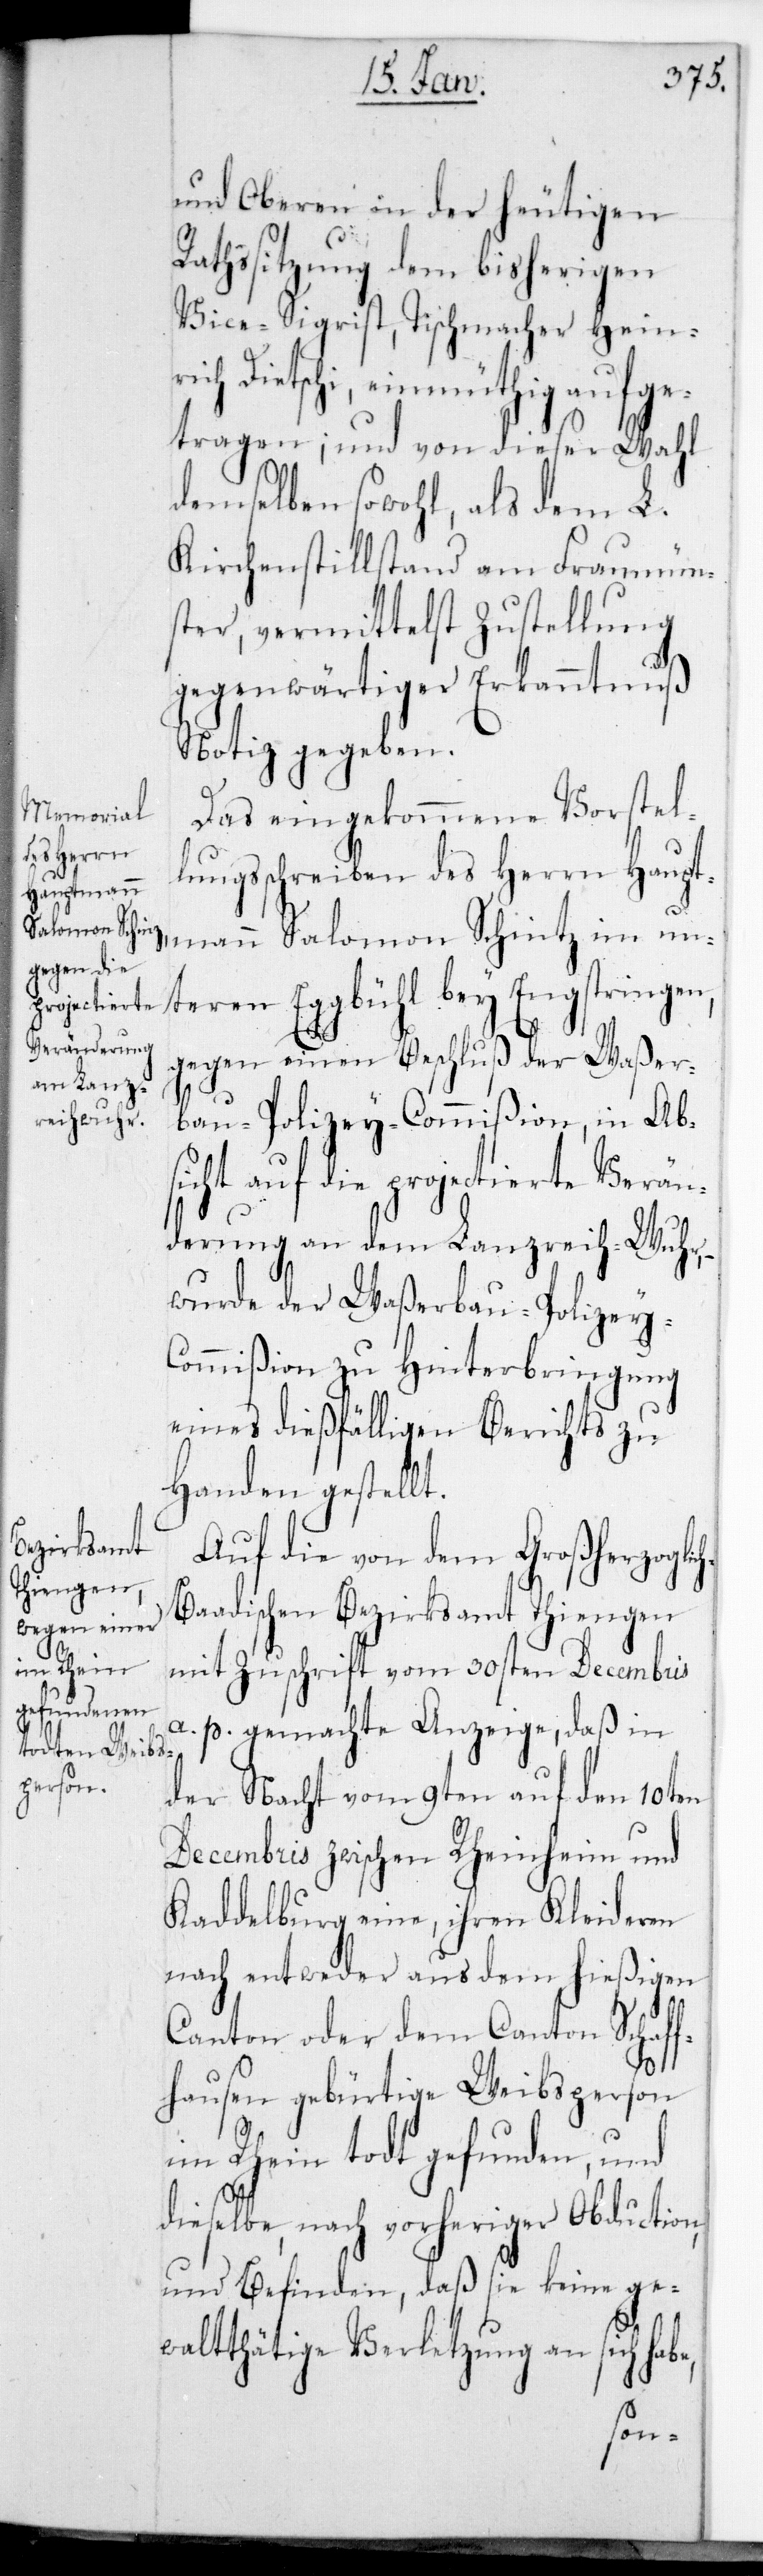
und Oberen in der heutigen
Rathssitzung dem bisherigen
Vice-Sigrist, Tischmacher Heinr¬
ich Dietschi, einmüthig aufge¬
tragen; und von dieser Wahl
demselben sowohl, als dem L.
Kirchenstillstand am Fraumün¬
ster, vermittelst Zustellung
gegenwärtiger Erkanntnuß
Notiz gegeben.
Das eingekommene Vorstel¬
lungsschreiben des Herrn Haupt¬
mann Salomon Schinz im un¬
teren Eggbühl bey Engstringen,
gegen einen Beschluß der Waßer¬
bau-Polizey-Commißion, in Abs¬
icht auf die projectierte Verän¬
derung an dem Lanzraihwuhr,
wurde der Waßerbaupolizey-C¬
ommißion zur Hinterbringung
eines dießfälligen Berichts zu
Handen gestellt.
Auf die von dem Großherzoglic¬
h-Baadischen Bezirksamt Tiengen
mit Zuschrift vom 30sten Decembris
a. p. gemachte Anzeige, daß in
der Nacht vom 9ten auf den 10ten
Decembris zwischen Rheinheim und
Kaddelburg eine, ihren Kleideren
nach entweder aus dem hießigen
Canton oder dem Canton Schaff¬
e,
hausen gebürtige Weibsperson
im Rhein tot gefunden, und
dieselbe, nach vorheriger Obduction
und Befinden, daß sie keine ge¬
walttätige Verletzung an sich hab¬